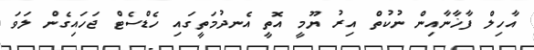
އާހިލް ފާޚާނާއިން ނުކުތް އިރު ޔޫމީ އޮތީ އެނދުމަތީގައި ހެޑްސެޓް ޖަހައިގެން ލަވަ